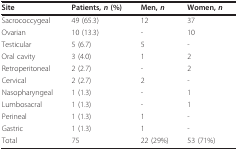
<table><thead><tr><td><b>Site</b></td><td><b>Patients, <i>n </i>(%)</b></td><td><b>Men, <i>n</i></b></td><td><b>Women, <i>n</i></b></td></tr></thead><tbody><tr><td>Sacrococcygeal</td><td>49 (65.3)</td><td>12</td><td>37</td></tr><tr><td>Ovarian</td><td>10 (13.3)</td><td>-</td><td>10</td></tr><tr><td>Testicular</td><td>5 (6.7)</td><td>5</td><td>-</td></tr><tr><td>Oral cavity</td><td>3 (4.0)</td><td>1</td><td>2</td></tr><tr><td>Retroperitoneal</td><td>2 (2.7)</td><td>-</td><td>2</td></tr><tr><td>Cervical</td><td>2 (2.7)</td><td>2</td><td>-</td></tr><tr><td>Nasopharyngeal</td><td>1 (1.3)</td><td>-</td><td>1</td></tr><tr><td>Lumbosacral</td><td>1 (1.3)</td><td>-</td><td>1</td></tr><tr><td>Perineal</td><td>1 (1.3)</td><td>1</td><td>-</td></tr><tr><td>Gastric</td><td>1 (1.3)</td><td>1</td><td>-</td></tr><tr><td>Total</td><td>75</td><td>22 (29%)</td><td>53 (71%)</td></tr></tbody></table>